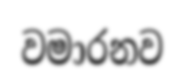
වමාරනව